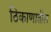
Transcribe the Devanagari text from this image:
ठिकाणातील